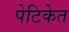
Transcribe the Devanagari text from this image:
पेटिकेत